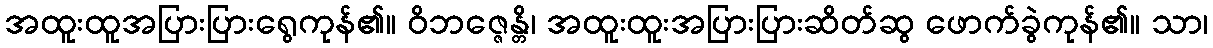
အထူးထူအပြားပြားရွေကုန်၏။ ဝိဘဇ္ဇေန္တိ၊ အထူးထူးအပြားပြားဆိတ်ဆွ ဖောက်ခွဲကုန်၏။ သာ၊